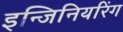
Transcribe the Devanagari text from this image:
इन्जिनियरिंग